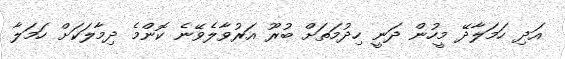
އަދި ހަމަލާދޭ މީހުން ދަނީ ހިދުމަތަށް ބުރޫ އަރުވާލެވޭނެ ކޮންމެ ދިމާލަކަށް ހަމަލާ